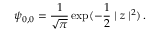
\psi _ { 0 , 0 } = { \frac { 1 } { \sqrt { \pi } } } \exp ( - { \frac { 1 } { 2 } } \mid z \mid ^ { 2 } ) \, .